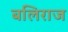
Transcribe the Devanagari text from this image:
बलिराज